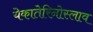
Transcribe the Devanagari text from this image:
येकातेरिनोस्लाव